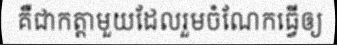
គឺជាកត្តាមួយដែលរួមចំណែកធ្វើឲ្យ